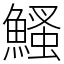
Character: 鰠